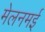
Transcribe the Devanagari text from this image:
मेलनमई